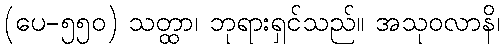
(ပေ-၅၅၀) သတ္ထာ၊ ဘုရားရှင်သည်။ အသုဝလာနိ၊